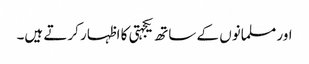
اور مسلمانوں کے ساتھ یکجہتی کا اظہار کرتے ہیں۔